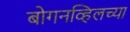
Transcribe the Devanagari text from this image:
बोगनव्हिलच्या